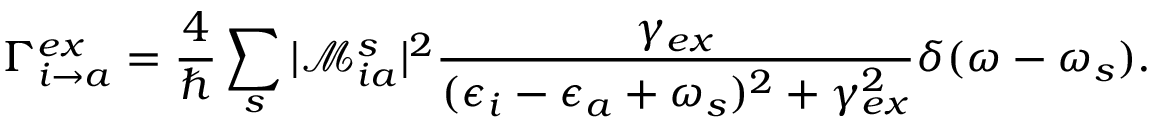
\Gamma _ { i \rightarrow a } ^ { e x } = \frac { 4 } { \hbar } \sum _ { s } | \mathcal { M } _ { i a } ^ { s } | ^ { 2 } \frac { \gamma _ { e x } } { ( \epsilon _ { i } - \epsilon _ { a } + \omega _ { s } ) ^ { 2 } + \gamma _ { e x } ^ { 2 } } \delta ( \omega - \omega _ { s } ) .